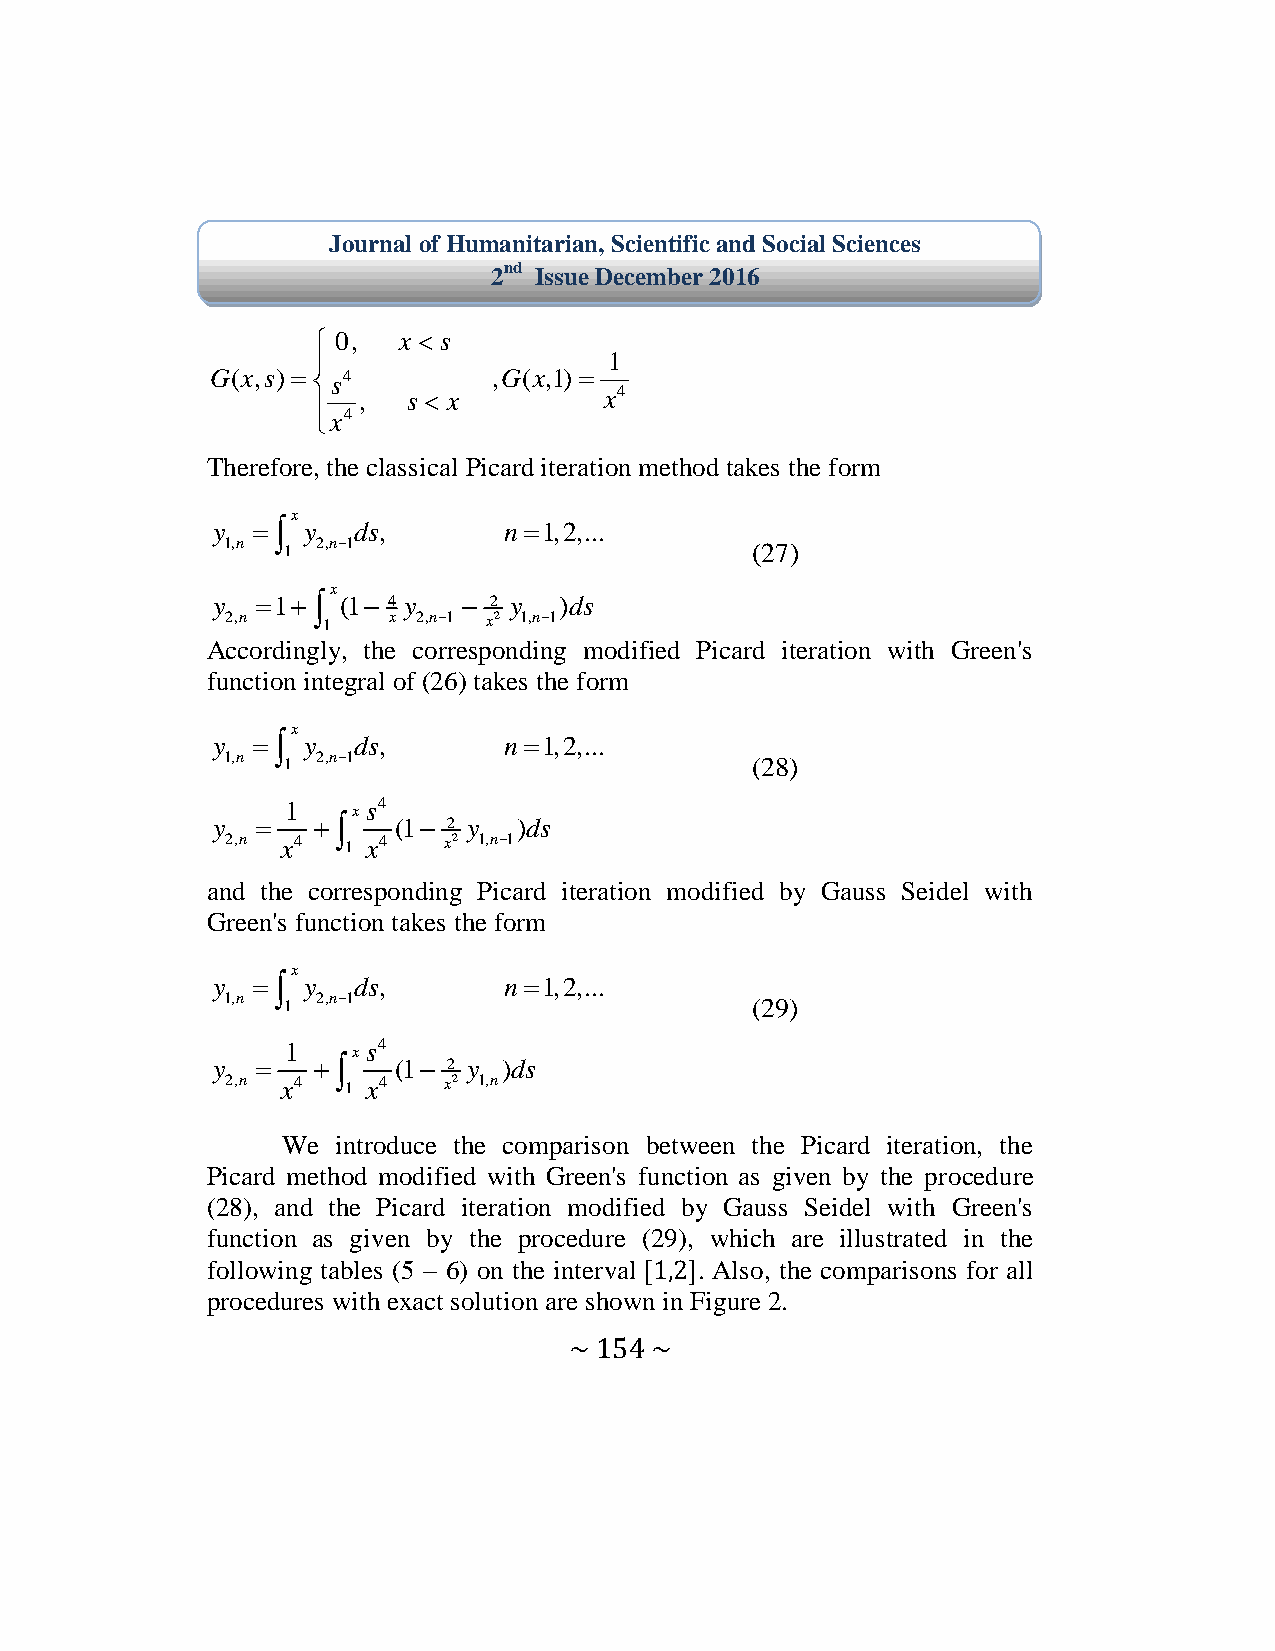
Journal of Humanitarian, Scientific and Social Sciences
 2nd Issue December 2016
  0, x s
                   1
 G(x,s)  s4       ,G(x,1) 
 ,  s  x        x4
 
 x4
 Therefore, the classical Picard iteration method takes the form
 x
 y    y ds,       n1,2,...
 1,n 1 2,n1                        (27)
 x
 y  1  (1 4 y  2 y )ds
 2,n
 1
 x 2,n1 x2 1,n1
 Accordingly, the corresponding modified Picard iteration with Green's
 function integral of (26) takes the form
 x
 y    y ds,       n1,2,...
 1,n 1 2,n1                        (28)
 1   x s4
 y        (1 2 y )ds
 2,n x4  1 x4  x2 1,n1
 and the corresponding Picard iteration modified by Gauss Seidel with
 Green's function takes the form
 x
 y    y ds,       n1,2,...
 1,n 1 2,n1                        (29)
 1   x s4
 y        (1 2 y )ds
 2,n x4  1 x4  x2 1,n
 We introduce the comparison between the Picard iteration, the
 Picard method modified with Green's function as given by the procedure
 (28), and the Picard iteration modified by Gauss Seidel with Green's
 function as given by the procedure (29), which are illustrated in the
 following tables (5 – 6) on the interval . Also, the comparisons for all
 procedures with exact solution are shown in Figure 2.
 ~ 154 ~